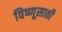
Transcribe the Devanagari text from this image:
विष्णूसाठी